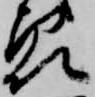
州